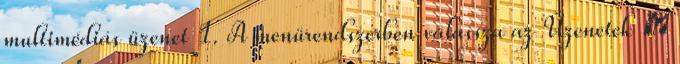
multimédiás üzenet 1. A menürendszerben válassza az Üzenetek →